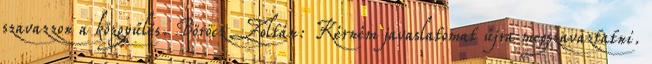
szavazzon a közgyűlés. Böröcz Zoltán: Kérném javaslatomat újra megszavaztatni.